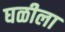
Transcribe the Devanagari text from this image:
घळीला